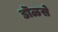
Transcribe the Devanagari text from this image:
डॊळसे